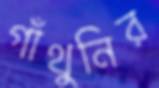
গাঁথুনির